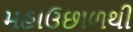
મહાઉછાળથી